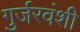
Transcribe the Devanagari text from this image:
गुर्जरवंशी